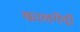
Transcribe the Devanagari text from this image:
कालगेंदों